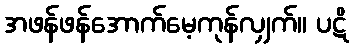
အဖန်ဖန်အောက်မေ့ကုန်လျှက်။ ပဋိ